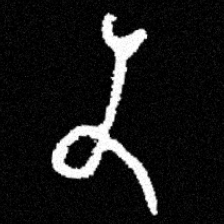
Pyu character \u2014 Myanmar letter: န (romanized: na)